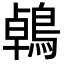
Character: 鵫